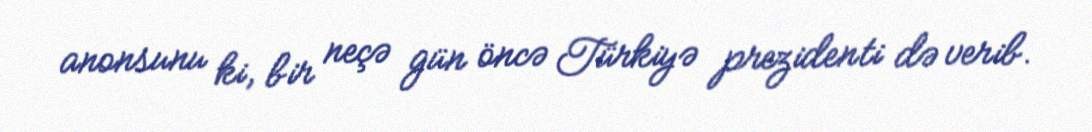
anonsunu ki, bir neçə gün öncə Türkiyə prezidenti də verib.